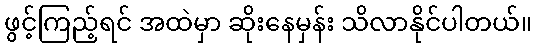
ဖွင့်ကြည့်ရင် အထဲမှာ ဆိုးနေမှန်း သိလာနိုင်ပါတယ်။